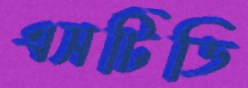
এসটিডি